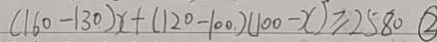
( 1 6 0 - 1 3 0 ) x + ( 1 2 0 - 1 0 0 ) ( 1 0 0 - x ) \geq 2 5 8 0 \textcircled { 2 }